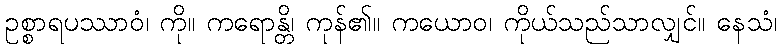
ဥစ္စာရပဿာဝံ၊ ကို။ ကရောန္တိ၊ ကုန်၏။ ကယောဝ၊ ကိုယ်သည်သာလျှင်။ နေသံ၊